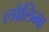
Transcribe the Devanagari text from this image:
लोलिम्ब